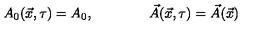
A _ { 0 } ( \vec { x } , \tau ) = A _ { 0 } , \qquad \qquad \vec { A } ( \vec { x } , \tau ) = \vec { A } ( \vec { x } )